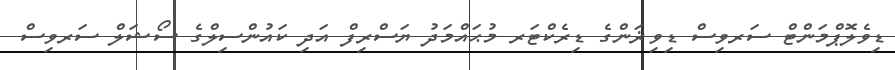
ޑިވެލޮޕްމަންޓް ސަރވިސް ޑިވިޜަންގެ ޑިރެކްޓަރ މުޙައްމަދު ޔަސްރިފް އަދި ކައުންސިލްގެ ސޯޝަލް ސަރވިސް